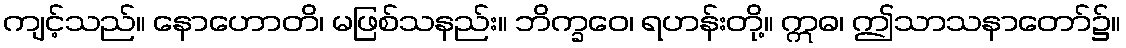
ကျင့်သည်။ နောဟောတိ၊ မဖြစ်သနည်း။ ဘိက္ခဝေ၊ ရဟန်းတို့။ ဣဓ၊ ဤသာသနာတော်၌။